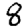
Digit: 8